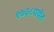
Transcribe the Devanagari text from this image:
१७३८पर्यंत